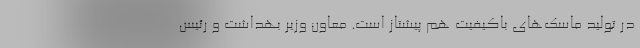
در تولید ماسک‌های باکیفیت هم پیشتاز است. معاون وزیر بهداشت و رئیس